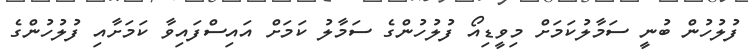
ފުލުހުން ބުނީ ސަމާލުކަމަށް މިވީޑިއޯ ފުލުހުންގެ ސަމާލު ކަމަށް އައިސްފައިވާ ކަމަށާއި ފުލުހުންގެ